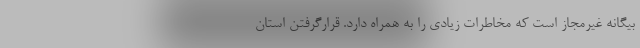
بیگانه غیرمجاز است که مخاطرات زیادی را به همراه دارد. قرارگرفتن استان